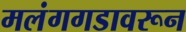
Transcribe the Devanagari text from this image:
मलंगगडावरून